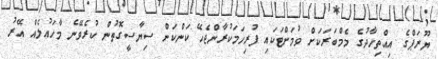
ޔޫރަޕްގެ އިއްތިހާދުގެ މެމްބަރަކަށް ވުމަށްޓަކައި ފުރިހަމަކުރާންޖެހޭ ކަންކަން ސިޔާސީގޮތުން ކުރެވޭނެ މާހައުލެއް އޭރު